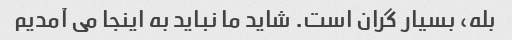
بله، بسیار گران است. شاید ما نباید به اینجا می آمدیم